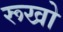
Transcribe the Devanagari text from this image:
रूखो